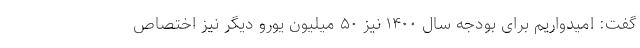
گفت: امیدواریم برای بودجه سال ١۴٠٠ نیز ۵٠ میلیون یورو دیگر نیز اختصاص